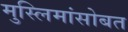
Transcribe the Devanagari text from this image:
मुस्लिमांसोबत